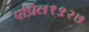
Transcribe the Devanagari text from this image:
एप्रिल१९२७